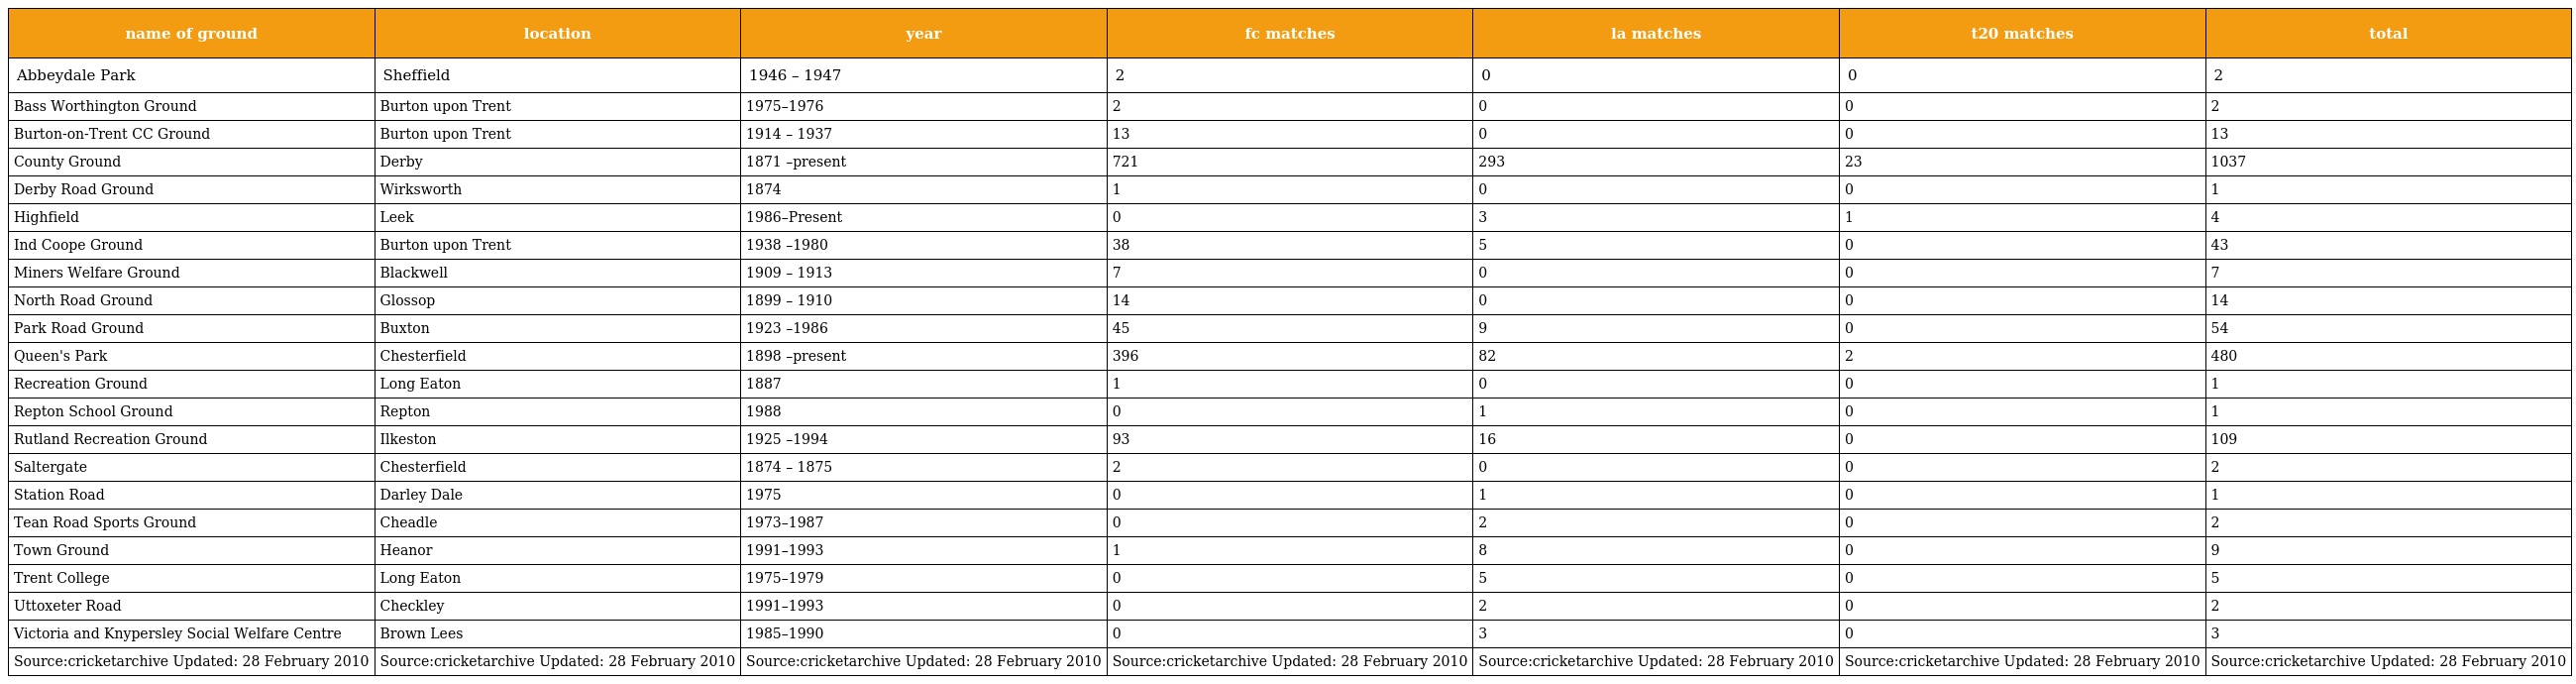
| name of ground | location | year | fc matches | la matches | t20 matches | total |
 | --- | --- | --- | --- | --- | --- | --- |
 | Abbeydale Park | Sheffield | 1946 – 1947 | 2 | 0 | 0 | 2 |
 | Bass Worthington Ground | Burton upon Trent | 1975–1976 | 2 | 0 | 0 | 2 |
 | Burton-on-Trent CC Ground | Burton upon Trent | 1914 – 1937 | 13 | 0 | 0 | 13 |
 | County Ground | Derby | 1871 –present | 721 | 293 | 23 | 1037 |
 | Derby Road Ground | Wirksworth | 1874 | 1 | 0 | 0 | 1 |
 | Highfield | Leek | 1986–Present | 0 | 3 | 1 | 4 |
 | Ind Coope Ground | Burton upon Trent | 1938 –1980 | 38 | 5 | 0 | 43 |
 | Miners Welfare Ground | Blackwell | 1909 – 1913 | 7 | 0 | 0 | 7 |
 | North Road Ground | Glossop | 1899 – 1910 | 14 | 0 | 0 | 14 |
 | Park Road Ground | Buxton | 1923 –1986 | 45 | 9 | 0 | 54 |
 | Queen's Park | Chesterfield | 1898 –present | 396 | 82 | 2 | 480 |
 | Recreation Ground | Long Eaton | 1887 | 1 | 0 | 0 | 1 |
 | Repton School Ground | Repton | 1988 | 0 | 1 | 0 | 1 |
 | Rutland Recreation Ground | Ilkeston | 1925 –1994 | 93 | 16 | 0 | 109 |
 | Saltergate | Chesterfield | 1874 – 1875 | 2 | 0 | 0 | 2 |
 | Station Road | Darley Dale | 1975 | 0 | 1 | 0 | 1 |
 | Tean Road Sports Ground | Cheadle | 1973–1987 | 0 | 2 | 0 | 2 |
 | Town Ground | Heanor | 1991–1993 | 1 | 8 | 0 | 9 |
 | Trent College | Long Eaton | 1975–1979 | 0 | 5 | 0 | 5 |
 | Uttoxeter Road | Checkley | 1991–1993 | 0 | 2 | 0 | 2 |
 | Victoria and Knypersley Social Welfare Centre | Brown Lees | 1985–1990 | 0 | 3 | 0 | 3 |
 | Source:cricketarchive Updated: 28 February 2010 | Source:cricketarchive Updated: 28 February 2010 | Source:cricketarchive Updated: 28 February 2010 | Source:cricketarchive Updated: 28 February 2010 | Source:cricketarchive Updated: 28 February 2010 | Source:cricketarchive Updated: 28 February 2010 | Source:cricketarchive Updated: 28 February 2010 |